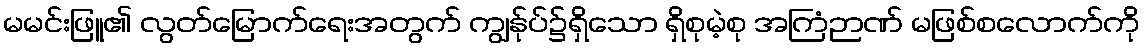
မမင်းဖြူ၏ လွတ်မြောက်ရေးအတွက် ကျွန်ုပ်၌ရှိသော ရှိစုမဲ့စု အကြံဉာဏ် မဖြစ်စလောက်ကို